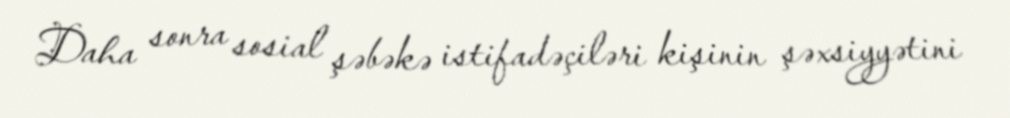
Daha sonra sosial şəbəkə istifadəçiləri kişinin şəxsiyyətini